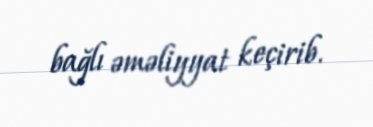
bağlı əməliyyat keçirib.